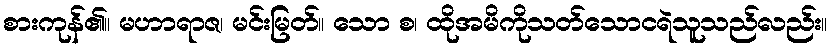
စားကုန်၏။ မဟာရာဇ၊ မင်းမြတ်။ သော စ၊ ထိုအမိကိုသတ်သောငရဲသူသည်လည်း။